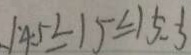
1 4 . 5 \leq 1 5 \leq 1 5 . 5